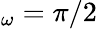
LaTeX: _{\omega}=\pi/2